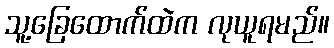
သူ့ခြေထောက်ထဲက လုယူရမည်။